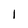
Character: I